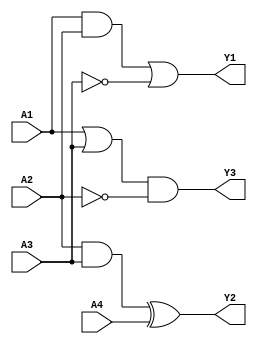
module combinational_logic_block (
    input wire A1, A2, A3, A4, // Input signals
    output wire Y1, Y2, Y3     // Output signals from different groups
);

// Group 1: Implements a logic function using A1, A2, and A3
wire G1; // Intermediate signal for Group 1
assign G1 = (A1 & A2) | (~A3); // Example logic function for Group 1
assign Y1 = G1; // Output from Group 1

// Group 2: Implements a logic function using A2, A3, and A4 (overlapping with Group 1)
wire G2; // Intermediate signal for Group 2
assign G2 = (A2 & A3) ^ A4; // Example logic function for Group 2
assign Y2 = G2; // Output from Group 2

// Group 3: Implements a logic function using A1, A3 (overlapping with Group 1)
wire G3; // Intermediate signal for Group 3
assign G3 = (A1 | A3) & (~A2); // Example logic function for Group 3
assign Y3 = G3; // Output from Group 3

endmodule